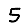
Digit: 5